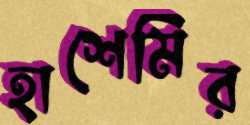
হাশেমির